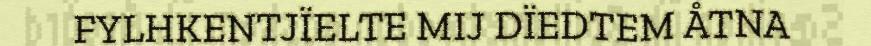
FYLHKENTJÏELTE MIJ DÏEDTEM ÅTNA